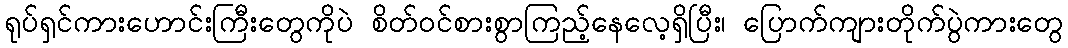
ရုပ်ရှင်ကားဟောင်းကြီးတွေကိုပဲ စိတ်ဝင်စားစွာကြည့်နေလေ့ရှိပြီး၊ ပြောက်ကျားတိုက်ပွဲကားတွေ